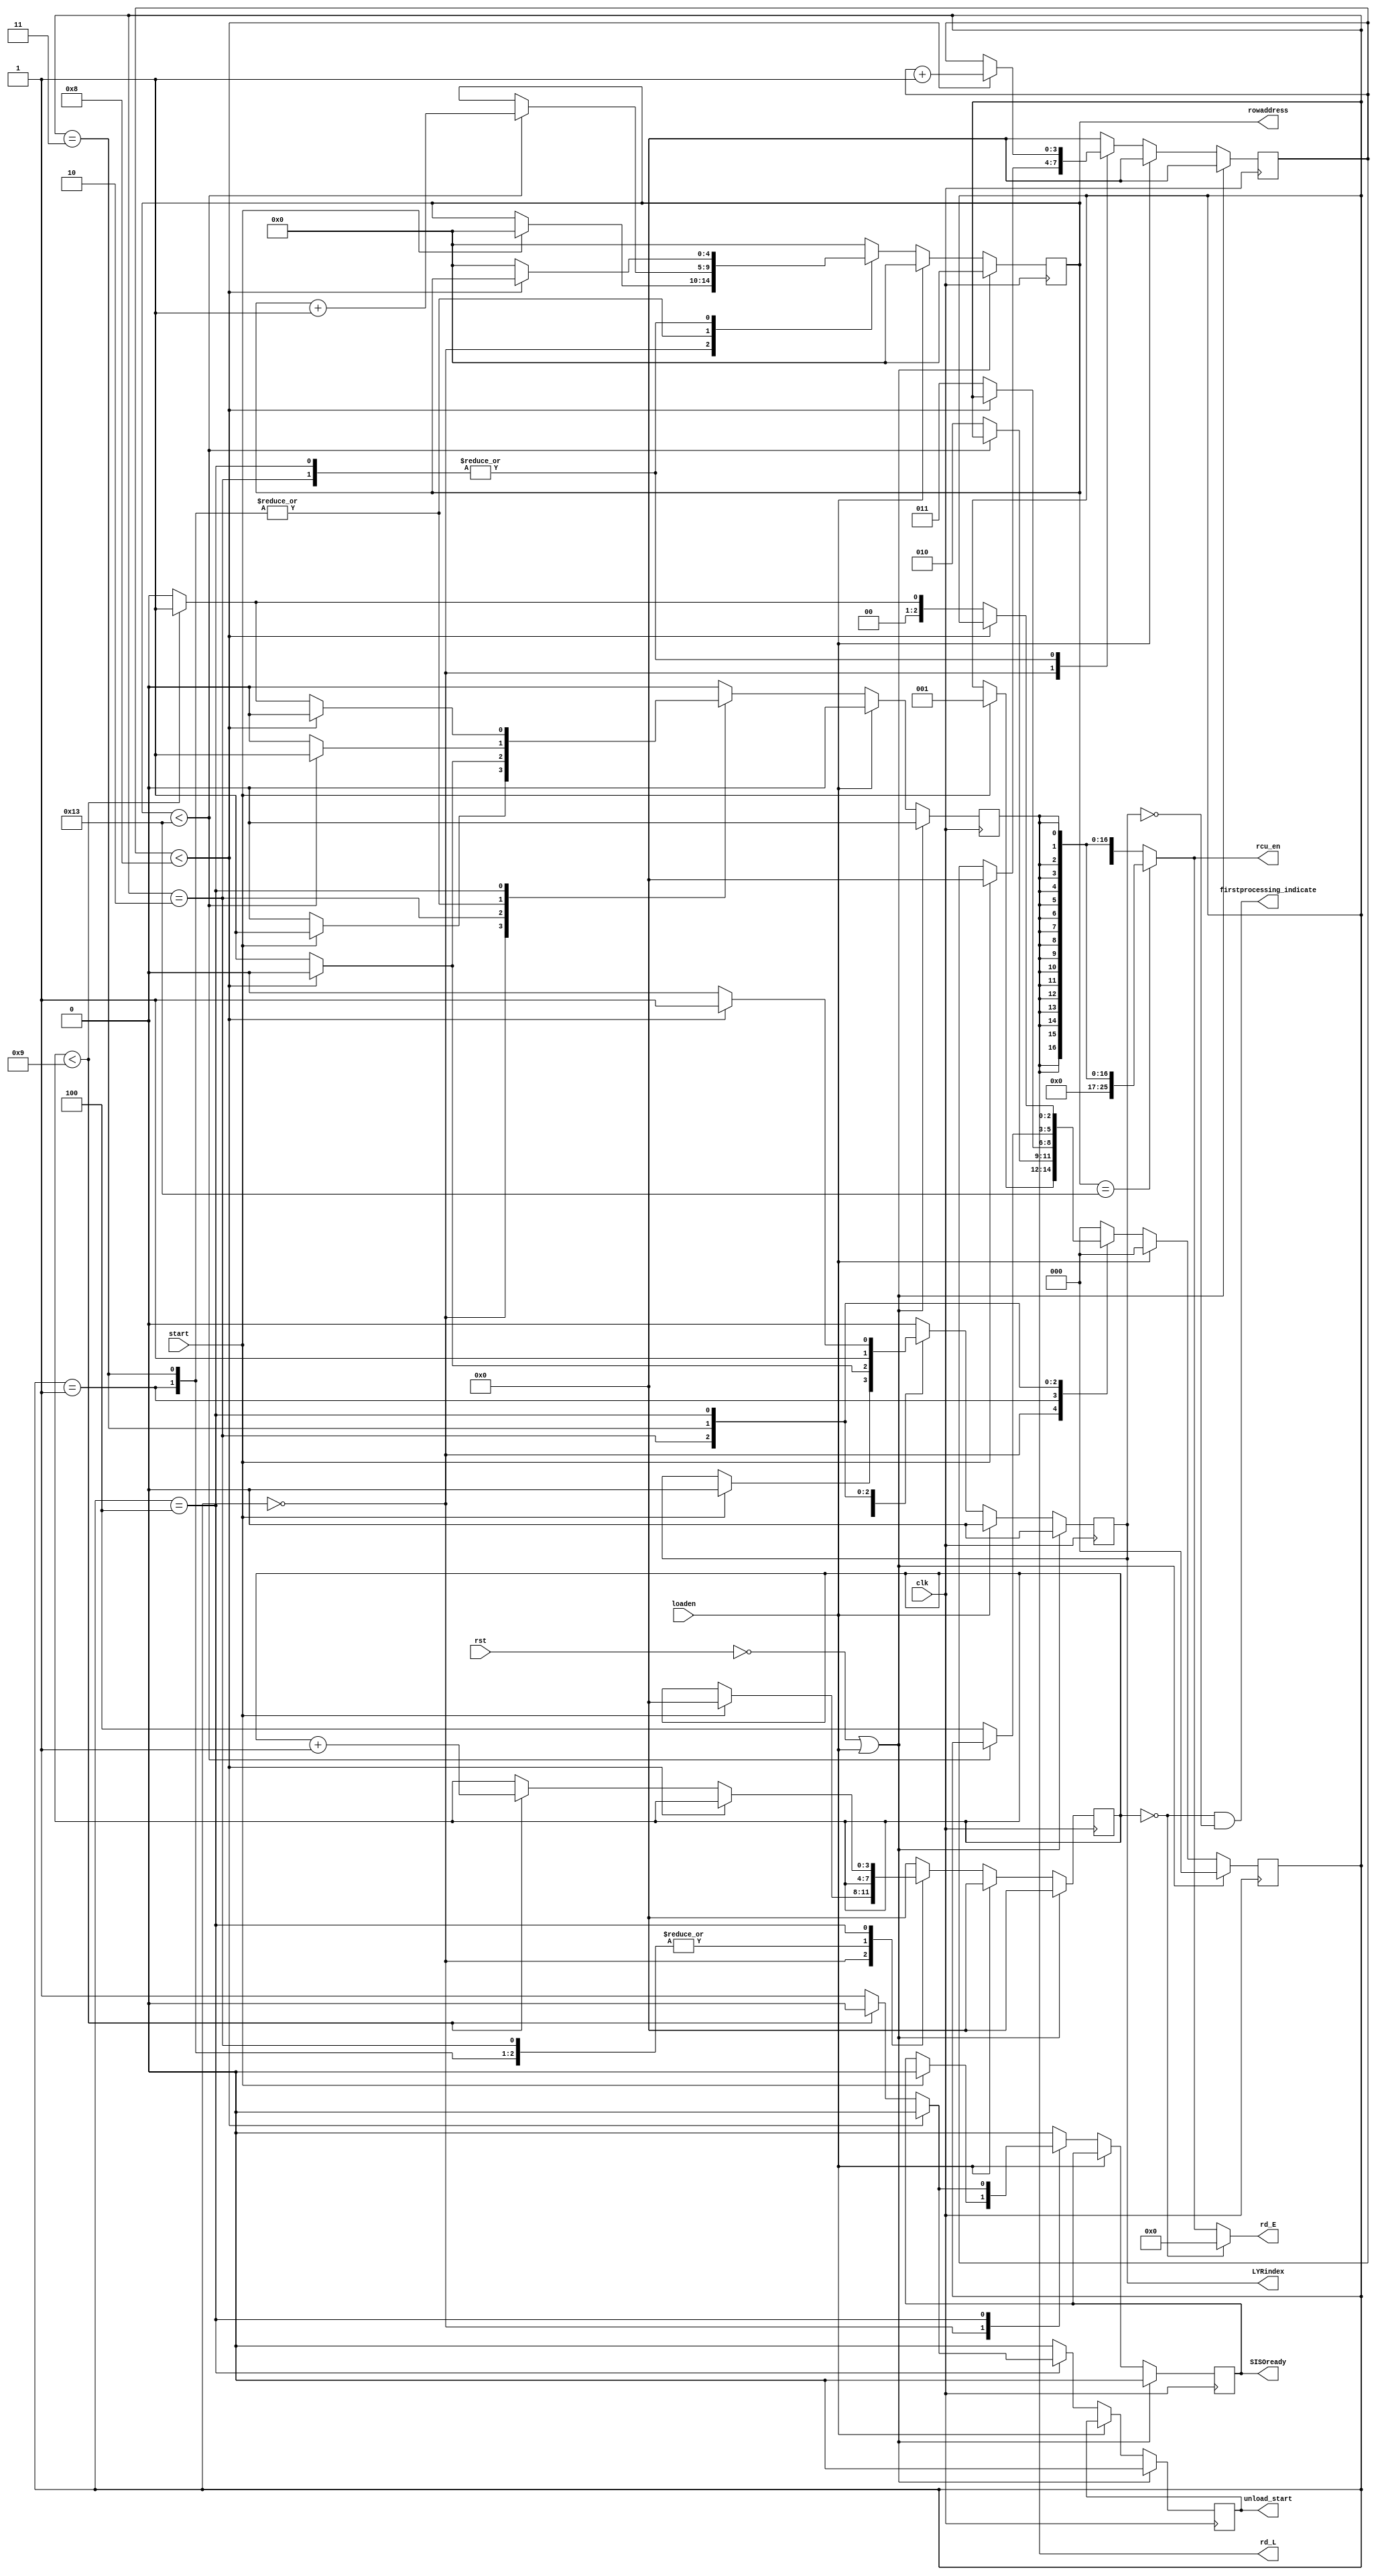
`timescale 1ns / 1ps
//////////////////////////////////////////////////////////////////////////////////
// Company: 
// Engineer: 
// 
// Design Name: 
// Module Name: ne_AddrGenFSM
// Project Name: 
// Target Devices: 
// Tool Versions: 
// Description: 
// 
// Dependencies: 
// 
// Revision:
// Revision 0.01 - File Created
// Additional Comments:
// if loading is going on: cancel all operations, clear all signals and counters and stay in initial state.
// else continue operation assuming fresh start, by waiting for start signal form LoadunloadFSM of input interface.
// Bugfix1: to avoid continuous transmitting of same data output
// signal unloadstart as a 1 clk cycle pulse instead of long duration indicator SISOReady.
//////////////////////////////////////////////////////////////////////////////////


module ne_AddrGenFSM(SISOready,unload_start,firstprocessing_indicate,LYRindex,rowaddress,rd_E,rd_L,rcu_en,loaden,start,clk,rst);
parameter Z=511;
parameter P=26;
parameter PIPESTAGES = 9;
parameter MAXITRS = 10;
parameter ROWDEPTH=20;//Z/P; //Z/P = 73
//last_p rowdepth and pipestages.
parameter P_LAST = Z-(P*(ROWDEPTH-1));//511-(26*19)=511-494=17
parameter ROWWIDTH = 5;//7;//2**7 = 128 > 72, 2**5 = 32 > 20.
parameter PIPECOUNTWIDTH = 4;//2**3 = 8 > 7
parameter ITRWIDTH = 4;//2**4 = 16 > 9

output SISOready;
output reg unload_start;
output firstprocessing_indicate;//to select proper Lmem (load to lyr0) unit.
output LYRindex;
output [ROWWIDTH-1:0] rowaddress;
output[P-1:0]rd_E;//---------------clr_en_E Alternative: first iter rd E =0 
output rd_L;
output[P-1:0] rcu_en;//26 rcu enable lines
input loaden;
input start, clk, rst;

//......................
reg[ROWWIDTH-1:0] count, nextcount;
reg[PIPECOUNTWIDTH-1:0] pipecount, nextpipecount;
reg lyr, nextlyr;
reg[ITRWIDTH-1:0] itr, nextitr;
reg rd, nextrd;
reg ready, nextready;
reg nextunloadstart;

//outputs
assign SISOready = ready;
assign LYRindex = lyr;
assign rowaddress = count;
assign rd_L = rd;
assign rd_E = (itr==0) ? 0 : ( (count==ROWDEPTH-1) ? { {(P-P_LAST){1'b0}} , {P_LAST{rd}} } : {P{rd}} );
assign firstprocessing_indicate = ((itr==0)&&(lyr==0)); //to indicate the first processing after loading new code symbols.
assign rcu_en = (count==ROWDEPTH-1) ? { {(P-P_LAST){1'b0}} , {P_LAST{rd}} } : {P{rd}}; //last address 17 out of 26 rows are valid, so enabling first 17 RCUs only.


//FSM
parameter INIT=0, LYR0=1, LYR0WAIT=2, LYR1=3, LYR1WAIT=4;
reg[2:0] ps, ns;
always@(posedge clk)
begin
  if((!rst)|loaden) //loaden logic for present state/control/other signals is same as reset operation.
  begin
    ps<=0;
    ready<=0;
    unload_start<=0;
    rd<=0;
    itr<=0;
    lyr<=0;
    pipecount<=0;
    count<=0;
  end
  else
  begin
    ps<=ns;
    ready<=nextready;
    unload_start<=nextunloadstart;
    rd<=nextrd;
    itr<=nextitr;
    lyr<=nextlyr;
    pipecount<=nextpipecount;
    count<=nextcount;
  end  
end

always@(*)//(ps, ready, rd, itr, lyr, pipecount, count, loaden, start) //fix1: adding unloadstart
begin
  if(loaden) //loaden logic for next state/control/other signals
  begin
    ns=0;
    nextready=ready;
    nextunloadstart=unload_start;
    nextrd=0;
    nextitr=0;
    nextlyr=0;
    nextpipecount=0;
    nextcount=0;  
  end
  else begin
    case(ps)
      INIT : begin
               ns=start ? LYR0 : ps;
               nextready=start ? 0 : ready; 
               nextunloadstart=0;//fix1: to signal unloading as a pulse to avoid continuos data output
               nextrd=start ? 1 : 0;
               nextitr=start ? 0 : itr;
               nextlyr=start ? 0 : lyr;
               nextpipecount=start ? 0 : pipecount;
               nextcount=start ? 0 : count;
             end
      LYR0 : begin
               ns=(count<ROWDEPTH-1) ? ps : LYR0WAIT;
               nextready=0;
               nextunloadstart=0;
               nextrd=(count<ROWDEPTH-1) ? 1 : 0;
               nextitr=itr;
               nextlyr=0;
               nextpipecount=0;
               nextcount=(count<ROWDEPTH-1) ? count+1 : count;
             end
    LYR0WAIT:begin
               ns=(pipecount<PIPESTAGES-1) ? ps : LYR1;
               nextready=0;
               nextunloadstart=0;
               nextrd=(pipecount<PIPESTAGES-1) ? 0 : 1;
               nextitr=itr;
               nextlyr=(pipecount<PIPESTAGES-1) ? 0 : 1;
               nextpipecount=(pipecount<PIPESTAGES-1) ? pipecount+1 : pipecount;
               nextcount=(pipecount<PIPESTAGES-1) ? count : 0;
             end
      LYR1 : begin
               ns=(count<ROWDEPTH-1) ? ps : LYR1WAIT;
               nextready=0;
               nextunloadstart=0;
               nextrd=(count<ROWDEPTH-1) ? 1 : 0;
               nextitr=itr;
               nextlyr=1;
               nextpipecount=0;
               nextcount=(count<ROWDEPTH-1) ? count+1 : count;
             end
    LYR1WAIT:begin
               ns=(pipecount<PIPESTAGES-1) ? ps : ((itr<MAXITRS-1) ? LYR0 : INIT);
               nextready=(pipecount<PIPESTAGES-1) ? 0 : ((itr<MAXITRS-1) ? 0 : 1);
               nextunloadstart=(pipecount<PIPESTAGES-1) ? 0 : ((itr<MAXITRS-1) ? 0 : 1);
               nextrd=(pipecount<PIPESTAGES-1) ? 0 : ((itr<MAXITRS-1) ? 1 : 0);
               nextitr=(pipecount<PIPESTAGES-1) ? itr : ((itr<MAXITRS-1)? itr+1 : itr);
               nextlyr=(pipecount<PIPESTAGES-1) ? 1 : 0;//0 is reset value.
               nextpipecount=(pipecount<PIPESTAGES-1) ? pipecount+1 : pipecount;
               nextcount=(pipecount<PIPESTAGES-1)? count : 0;
             end     
    
    default: begin
               ns=0;
               nextready=0;
               nextunloadstart=0;
               nextrd=0;
               nextitr=0;
               nextlyr=0;
               nextpipecount=0;
               nextcount=0;
             end
    endcase
  end//else
end




endmodule